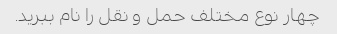
چهار نوع مختلف حمل و نقل را نام ببرید.